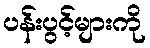
ပန်းပွင့်များကို